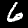
Label: 6